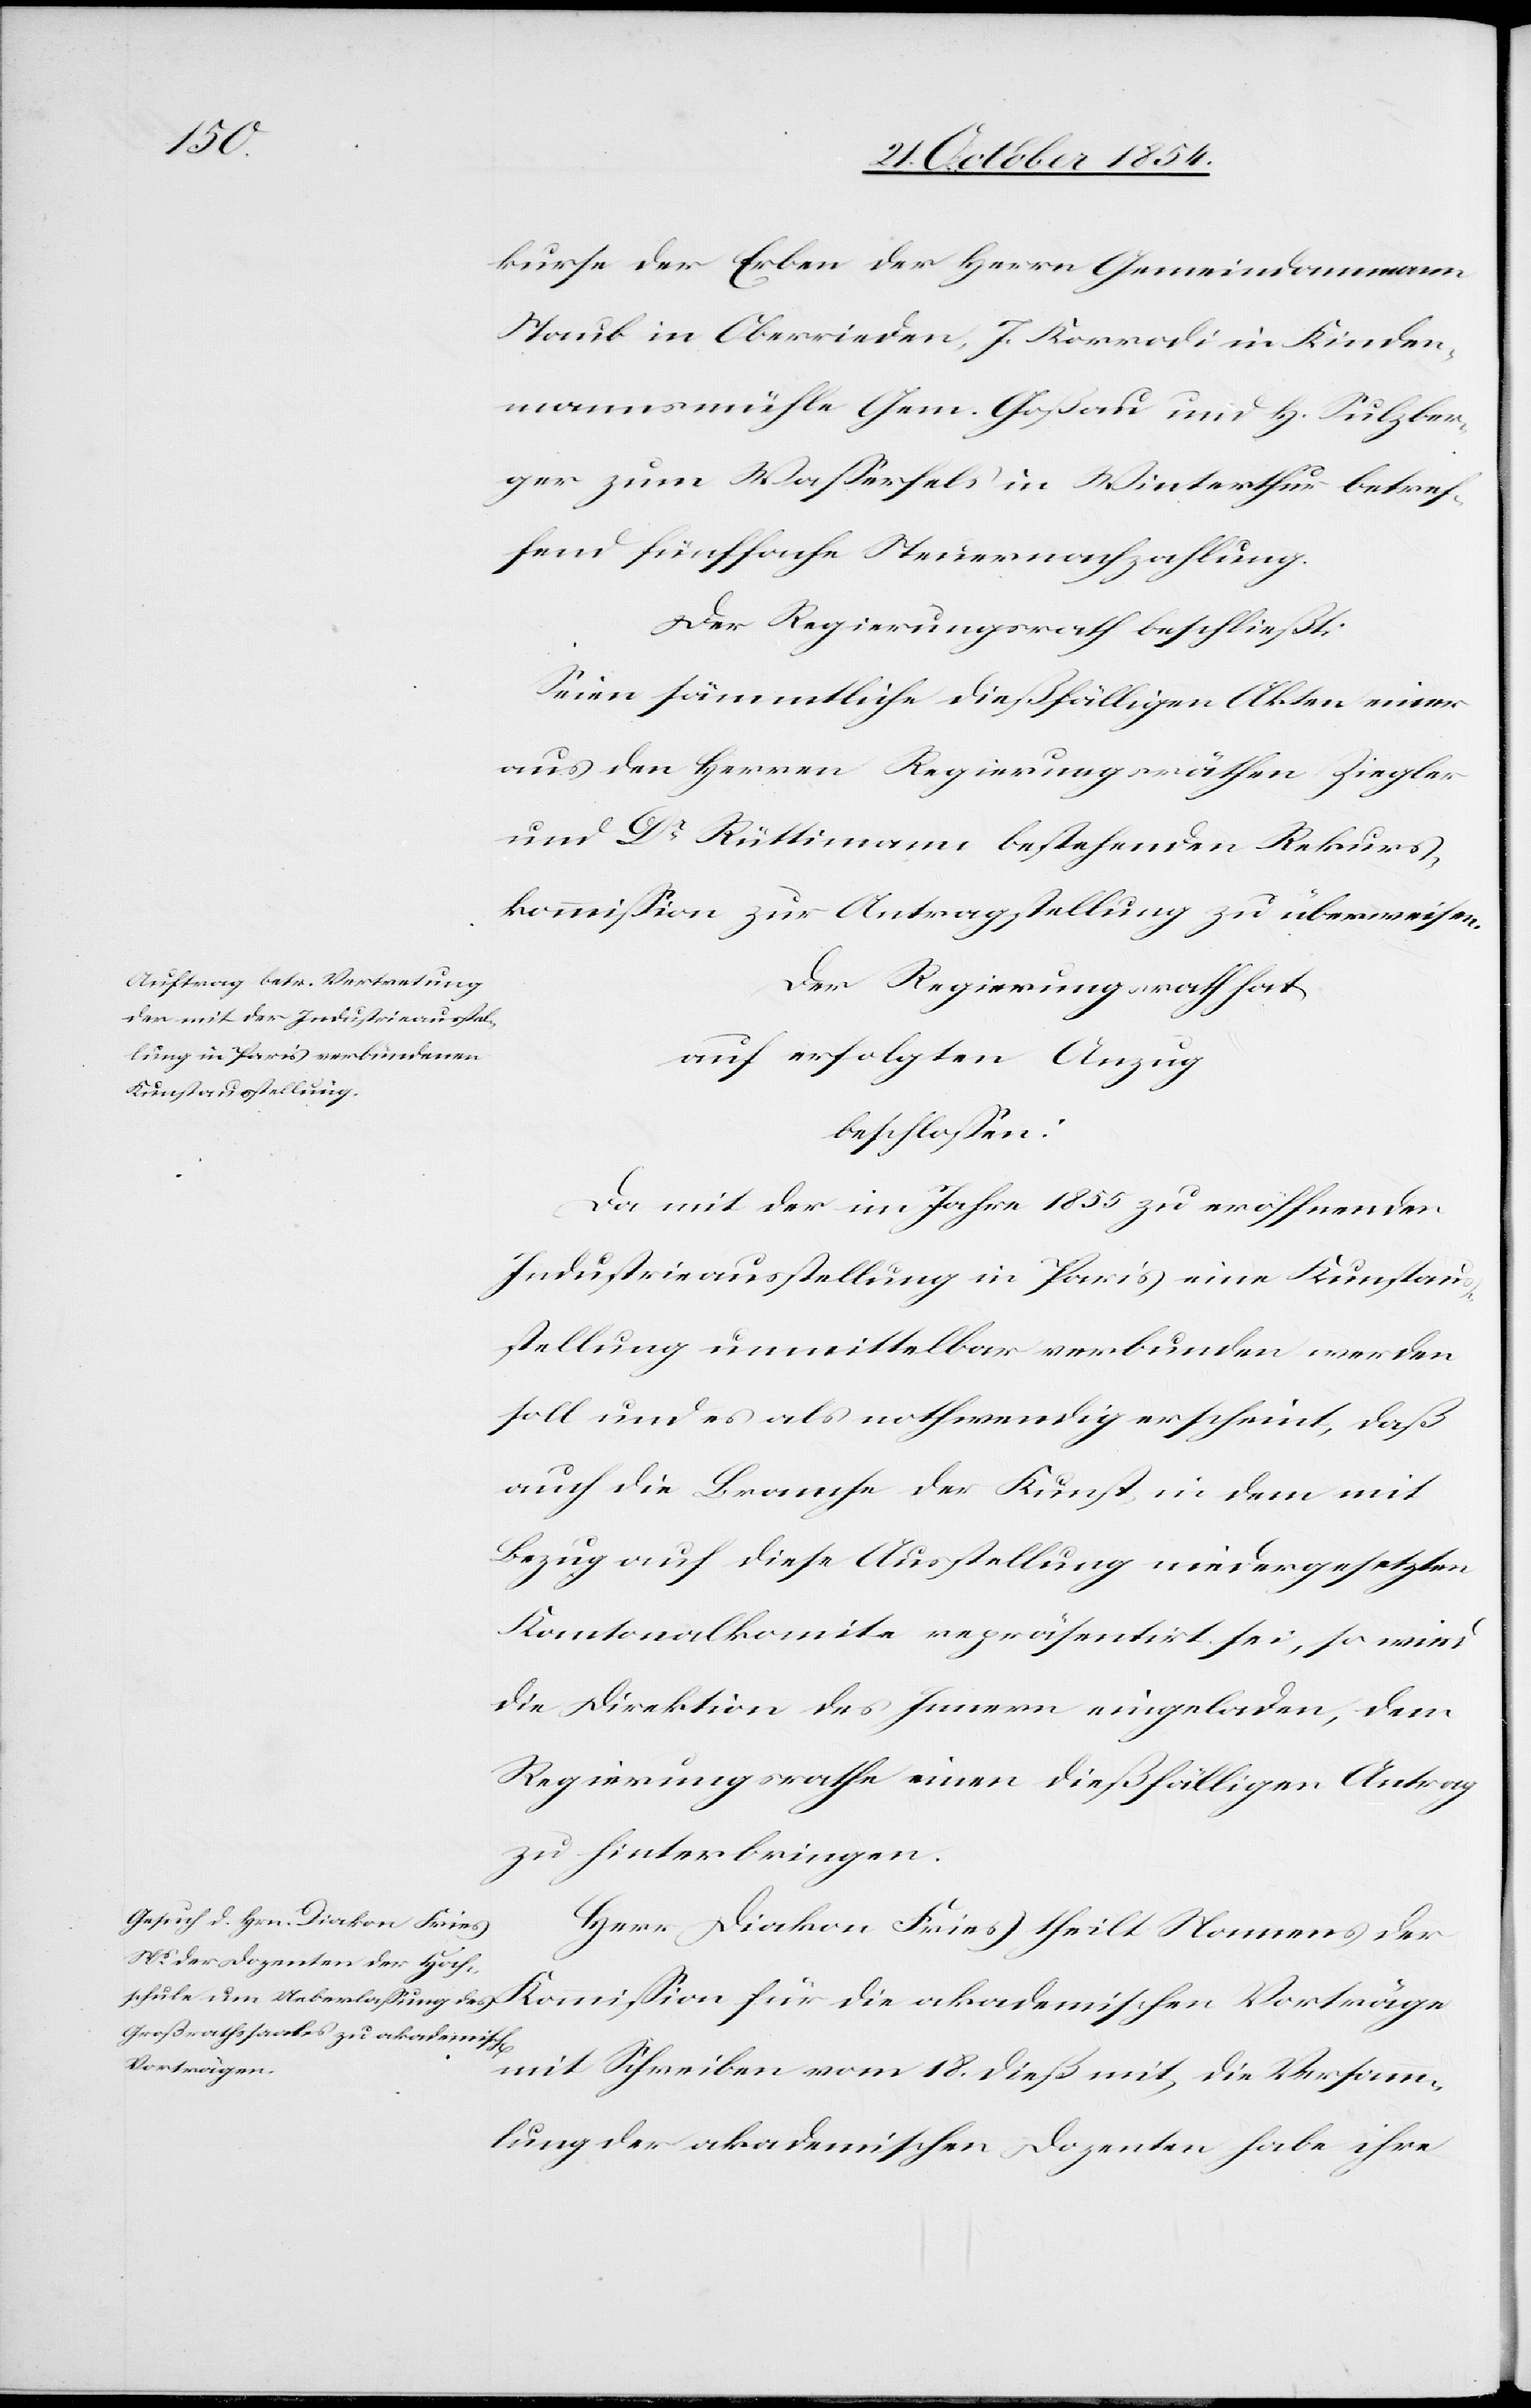
kurse der Erben der Herrn Gemeindammann
Staub in Oberrieden, J. Korrodi in Kinder¬
mannsmühle Gem. Goßau und H. Sulzber¬
ger zum Waßerfels in Winterthur betref¬
fend fünffache Steuernachzahlung.
Der Regierungsrath beschließt:
Seien sämmtliche dießfälligen Akten einer
aus den Herren Regierungsräthen Ziegler
und Dr Rüttimann bestehenden Rekurs¬
kommißion zur Antragstellung zu überweisen.
Der Regierungsrath hat
nach erfolgten Anzug
beschloßen:
Da mit der im Jahre 1855 zu eröffnenden
Industrieausstellung in Paris eine Kunstau¬
sstellung unmittelbar verbunden werden
soll und es als nothwendig erscheint, daß
auch die Branche der Kunst, in dem mit
Bezug auf diese Ausstellung niedergesetzten
Kantonalkomite repräsentirt sei, so wird
die Direktion des Innern eingeladen, dem
Regierungsrathe einen dießfälligen Antrag
zu hinterbringen.
Herr Diakon Fries theilt Namens der
Kommißion für die akademischen Vorträge
mit Schreiben vom 18. dieß mit, die Versamm¬
lung der akademischen Dozenten habe ihre